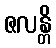
ဇလန္တိ